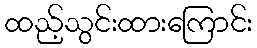
ထည့်သွင်းထားကြောင်း